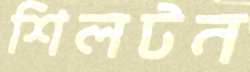
শিলটন